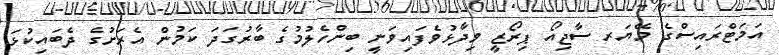
އަމަޓްރައިސްގެ މޭޔަރ ސާޖިއޯ ޕިރޯޒީ ވިދާޅުވެފައިވަނީ ބިންހެލުމުގެ ބާރުގަދަ ކަމުން އެރަށުގެ ދެބައިކުޅަ